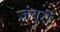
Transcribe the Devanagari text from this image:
जंबूरी